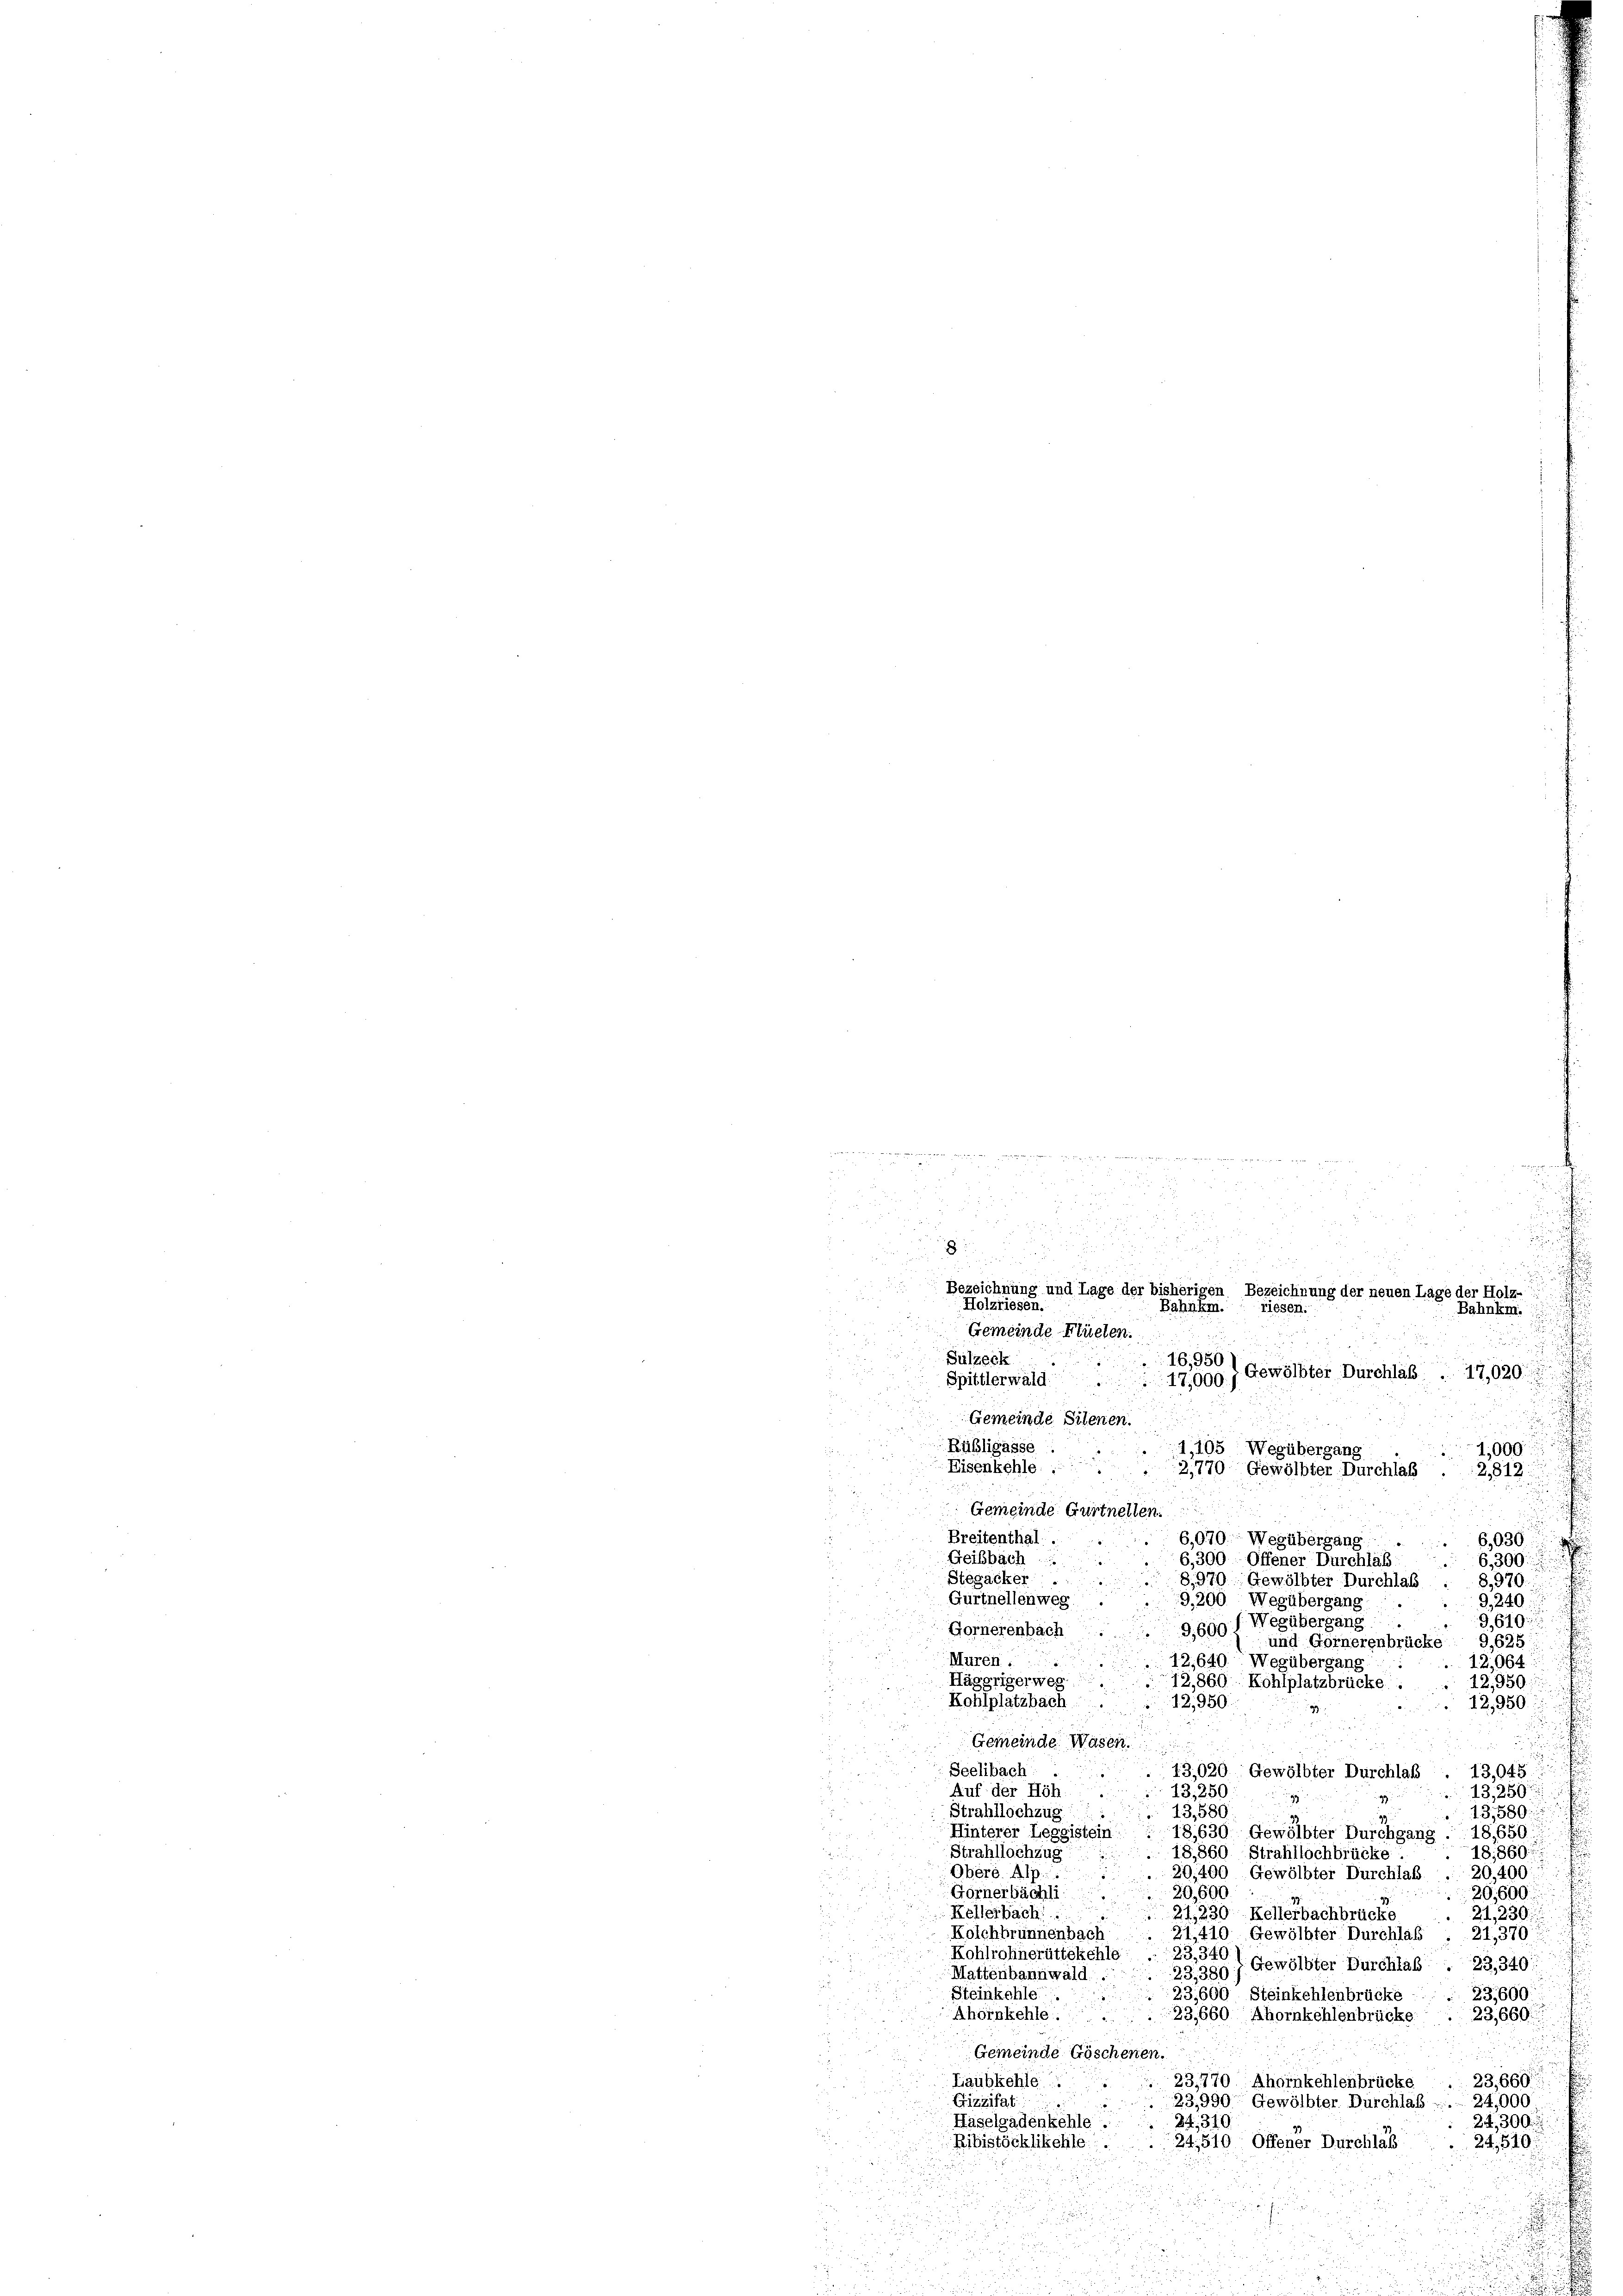
x

n
u
.

. . . .
5
u
u
Bezeichnung und Lage der bisherigen Bezeichnung der neuen Lage der Holz-
Holzriesen.
Bahnkm. " riesen.
Bahnkm.
Gemeinde Flüelen.
15

Sülzeck
16,950)
17,000 j Gewölbter Durchlaß. . 17,020.
Spittlerwald.
Gemeinde Silenen.
n
Rübligasse.
1,105 Wegübergang
1,000.
Eisenkehle.  .. ..
21770 Gewölbter Durchlas
2,812:
Gemeinde Gurtnellen.
Breitenthal:
u
6,030.
6,070. Wegübergang
Geißbach
,300 Offener Durchlas
6,300.
Stegacker
79 Gewölbter Durchlas
§., 370
Gürtnellenweg.
9,240:
200. Wegübergang.
99). Wegübergang 9,610:
Gornerenbach
und Gornerenbrücke 9,625
Muren : :
2,640. Wegübergang
12,064
.
Häggriger weg
2,860 Kohlplatzbrücke.
12,950
Kohlplatzbach.
12,950.
12,950.
Gemeinde Wasen

Seelibach
13,020 Gewölbter Durchlaß . 13,045
Auf der Höh
13, 250
13,250
g
13,580
Strahllochzug
13,580:
Hinterer Leggistein:
18,630 Gewölbter Durchgang . 18,650
18,860.
18,860, Strahllochbrücke:
Strahllochzug
Obere Alp
20,400 Gewölbter Durchlaf.
20,400:
20,600.
Görnerbächli  ..
20,600
Kellerbach:
21,230 Kellerbachbrücke
21,230
Kolchbrunnenbach
21,410 Gewölbter Durchlaß . 21,370
Kohlrohnerüttékehle
23,340.
23,380; Gewölbter Durchlaß . 23, 340
Mattenbannwald.

Steinkehle
23,600
23,600 Steinkehlenbrücke
Ahornkehle.
23,660.
23,660 Ahornkehlenbrücke.
Gemeinde Göschenen.
23,660.
Laubkehle
 23,770 Ahoinkehlenbrücke
Gizzifat
23,990 Gewölbter Durchlas ... 24,000
24, 310
24,300.
Häselgadenkehle.
24,510 Offener Durchlaß
Ribistöcklikehle.
24,519